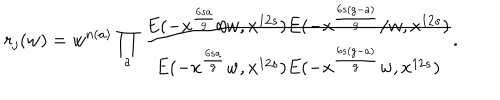
r _ { j } ( w ) = w ^ { n ( a ) } \prod _ { a } \frac { E ( - x ^ { \frac { 6 s a } { g } } / w , x ^ { 1 2 s } ) E ( - x ^ { \frac { 6 s ( g - a ) } { g } } / w , x ^ { 1 2 s } ) } { E ( - x ^ { \frac { 6 s a } { g } } w , x ^ { 1 2 s } ) E ( - x ^ { \frac { 6 s ( g - a ) } { g } } w , x ^ { 1 2 s } ) } .